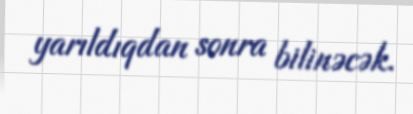
yarıldıqdan sonra bilinəcək.